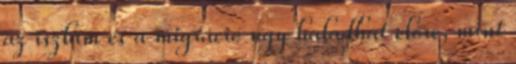
az iszlám és a migráció úgy haladhat előre, mint